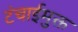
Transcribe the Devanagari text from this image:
टंचाईमुक्त